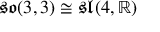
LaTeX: { \mathfrak { s o } } ( 3 , 3 ) \cong { \mathfrak { s l } } ( 4 , \mathbb { R } )